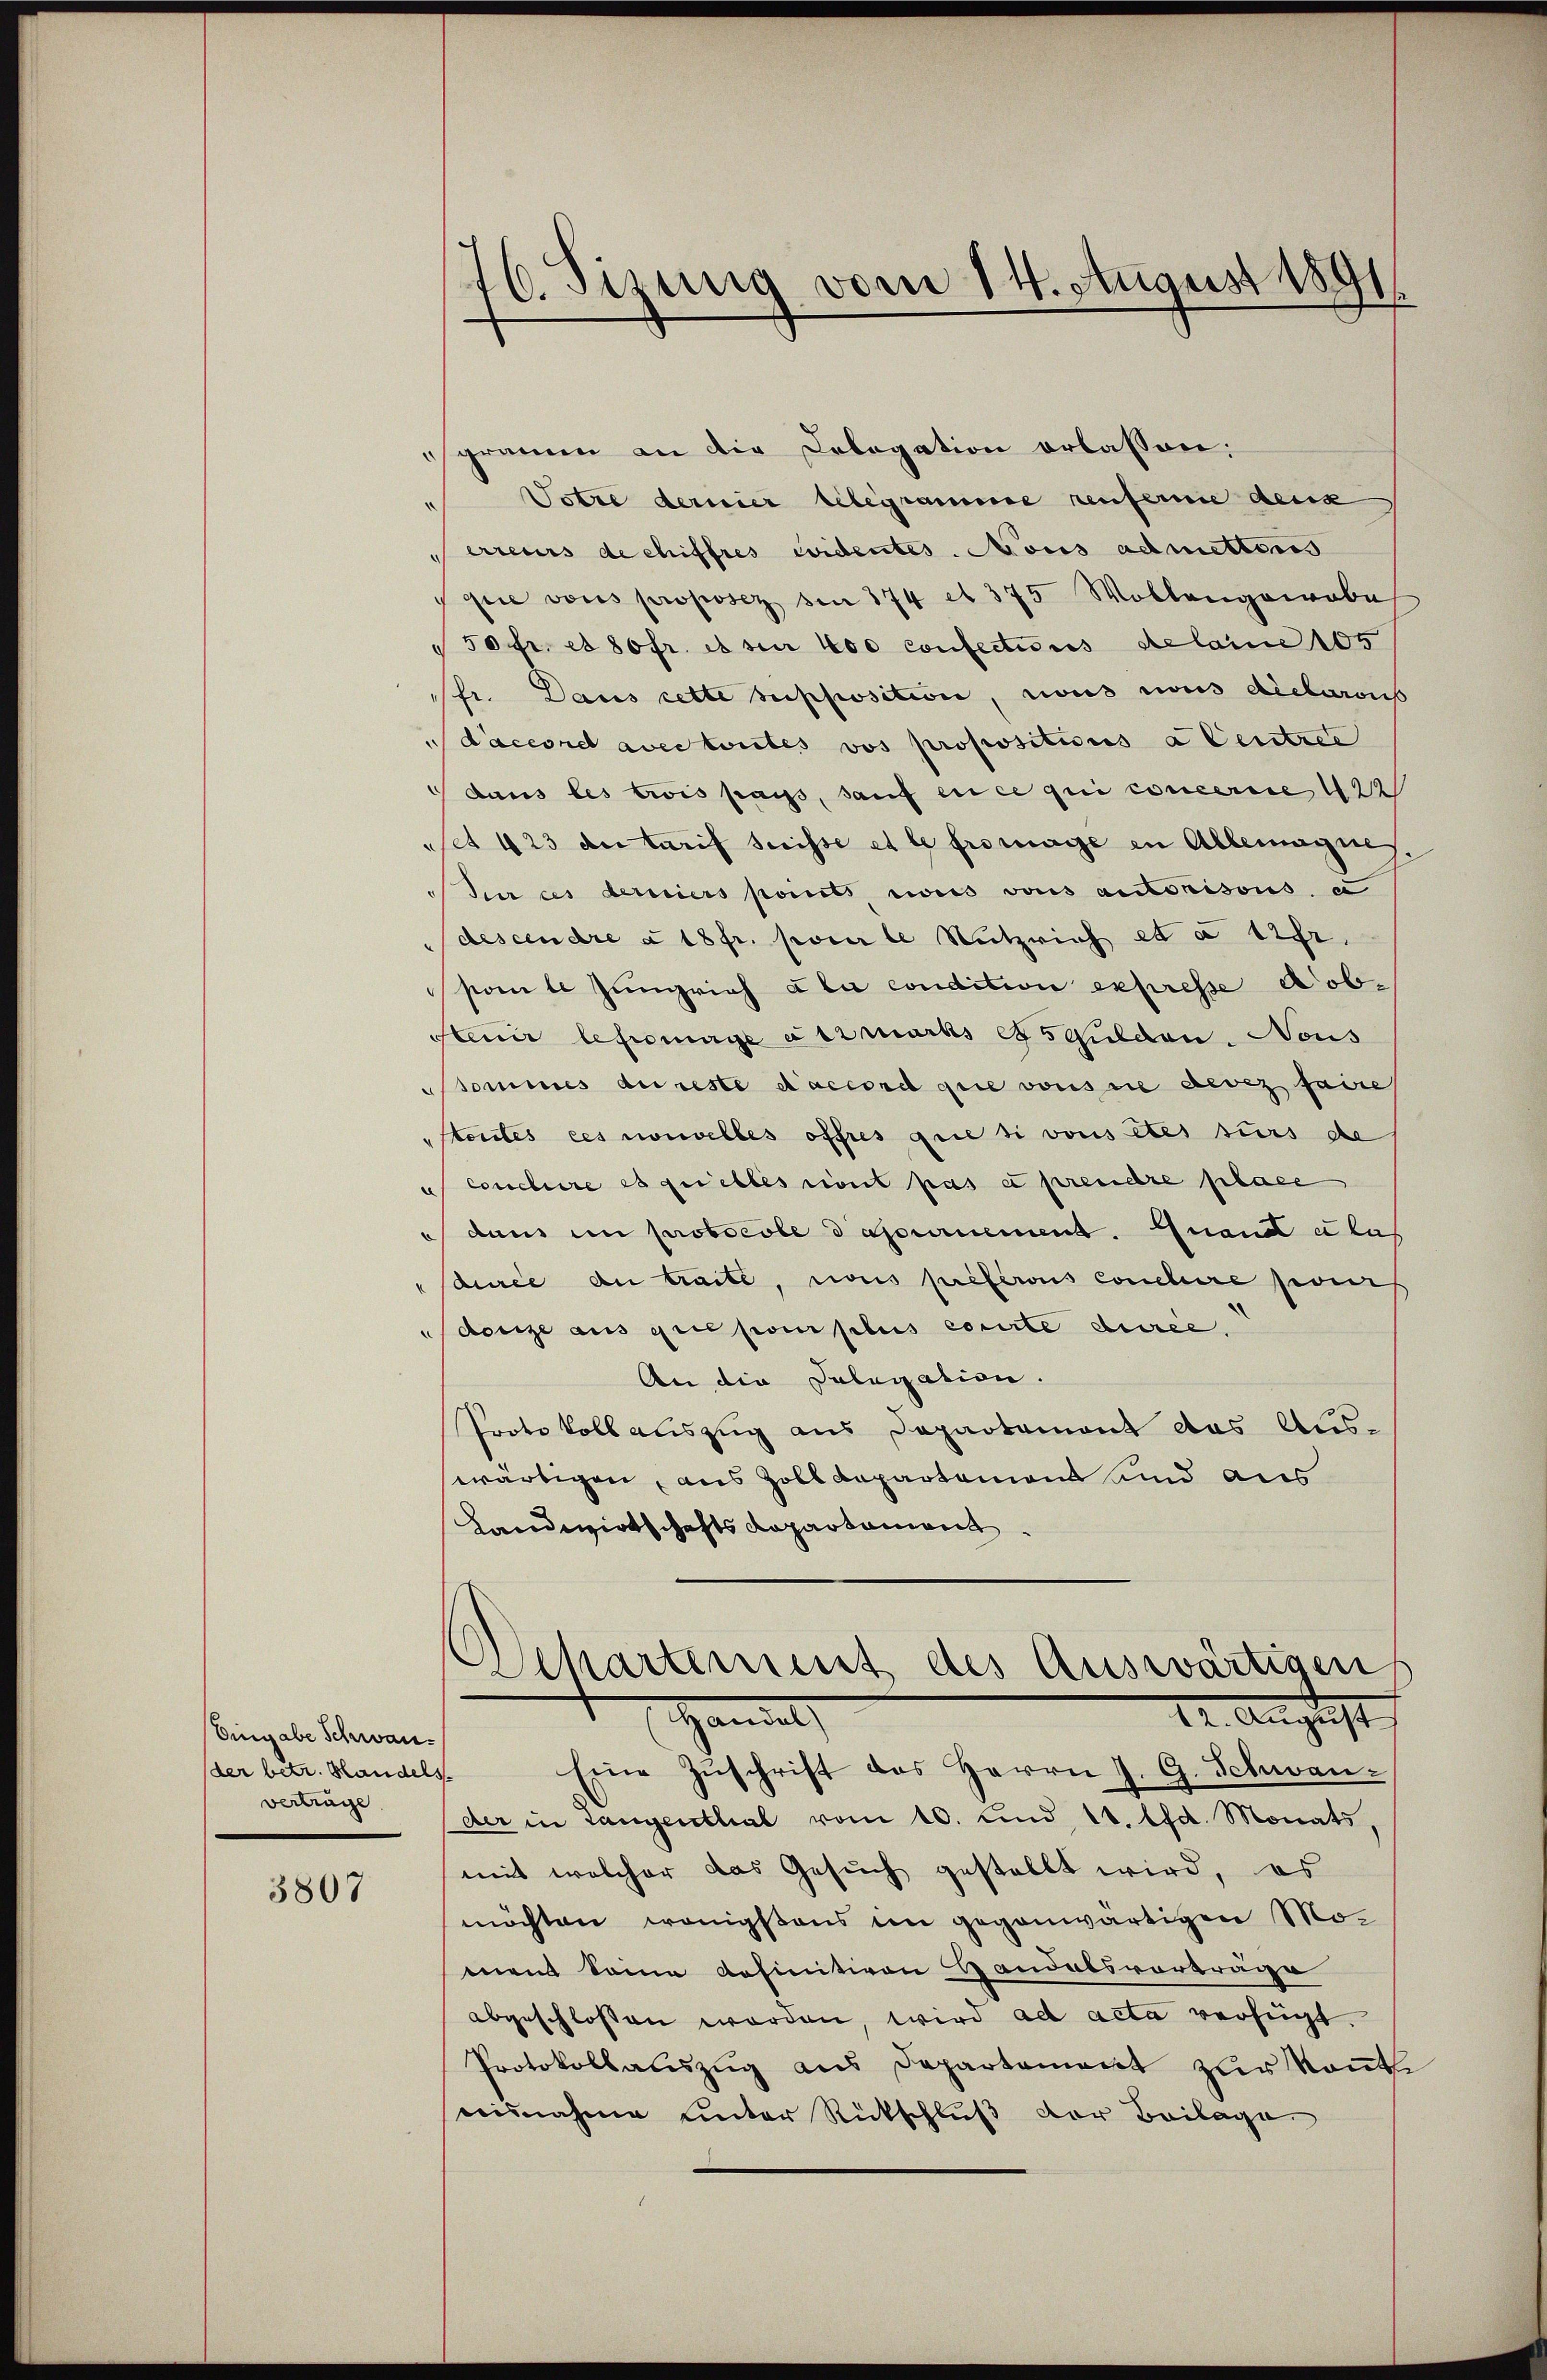
Eingabe Schwan¬
(der betr. Standelsverträge

3807

gramen an die Delegation erlassen:
Totre dernier telegramme renferne denk
erreurs de chiffres eidentes. Mous admettoris
quie vons proposez son 374 et 375 Wollengewebe
50 fr. et 80fr. esser 400 confections delaine 105
fr. Dans cette supposition, nous nous declarons
Laccord avec toutes vos propositions à Centree
 dans les trois pass, sauf en ce qui concerne 422
et 423 der Tarif Suisse et le frowaige in Allemagne
dur ces derniers points, was vons autorisons e
descendre à 18fr. pour le Nutzrich et a 12fr.
pomle Junrich ala condition expresse Dob¬
Steuer befrage ausmarcks es Gulden. Nous
sommes du reste d’accord die vons nie deve faire
Stentes ces nouvelles offres que si vons etes surs de
a Conclure es quelles rient pas à prendre place
u dann in protocole d ajournement. Quant char
durée du traite, nous preserons Conclure ses
denze aus que pour plus corirte duree.
An die Salegation.
Protokoll auszug aus Departement das Aus-
wärtigen, aus Zolldepartement und aus
Landwirtschaftsdepartament.
Separtement des Auswärtigen
Handel
12. August
Eine Zŭschrift des Herrn J. G. Schwan-
der in Langenthal vom 10. und 11. lfd. Monats,
mit welcher das Gesuch gestellt wird, es
möchten wenigstens im gegenwärtigen Momen Some definitiven Handelsvorträge
abgeschlossen worden, wird ad acta verfügt.
Protokollauszug aus Departement zur Kont
nisnahme unter Rückschluß der Beilage

16. Sizung vom 14. August 1891